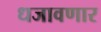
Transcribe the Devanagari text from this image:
धजावणार